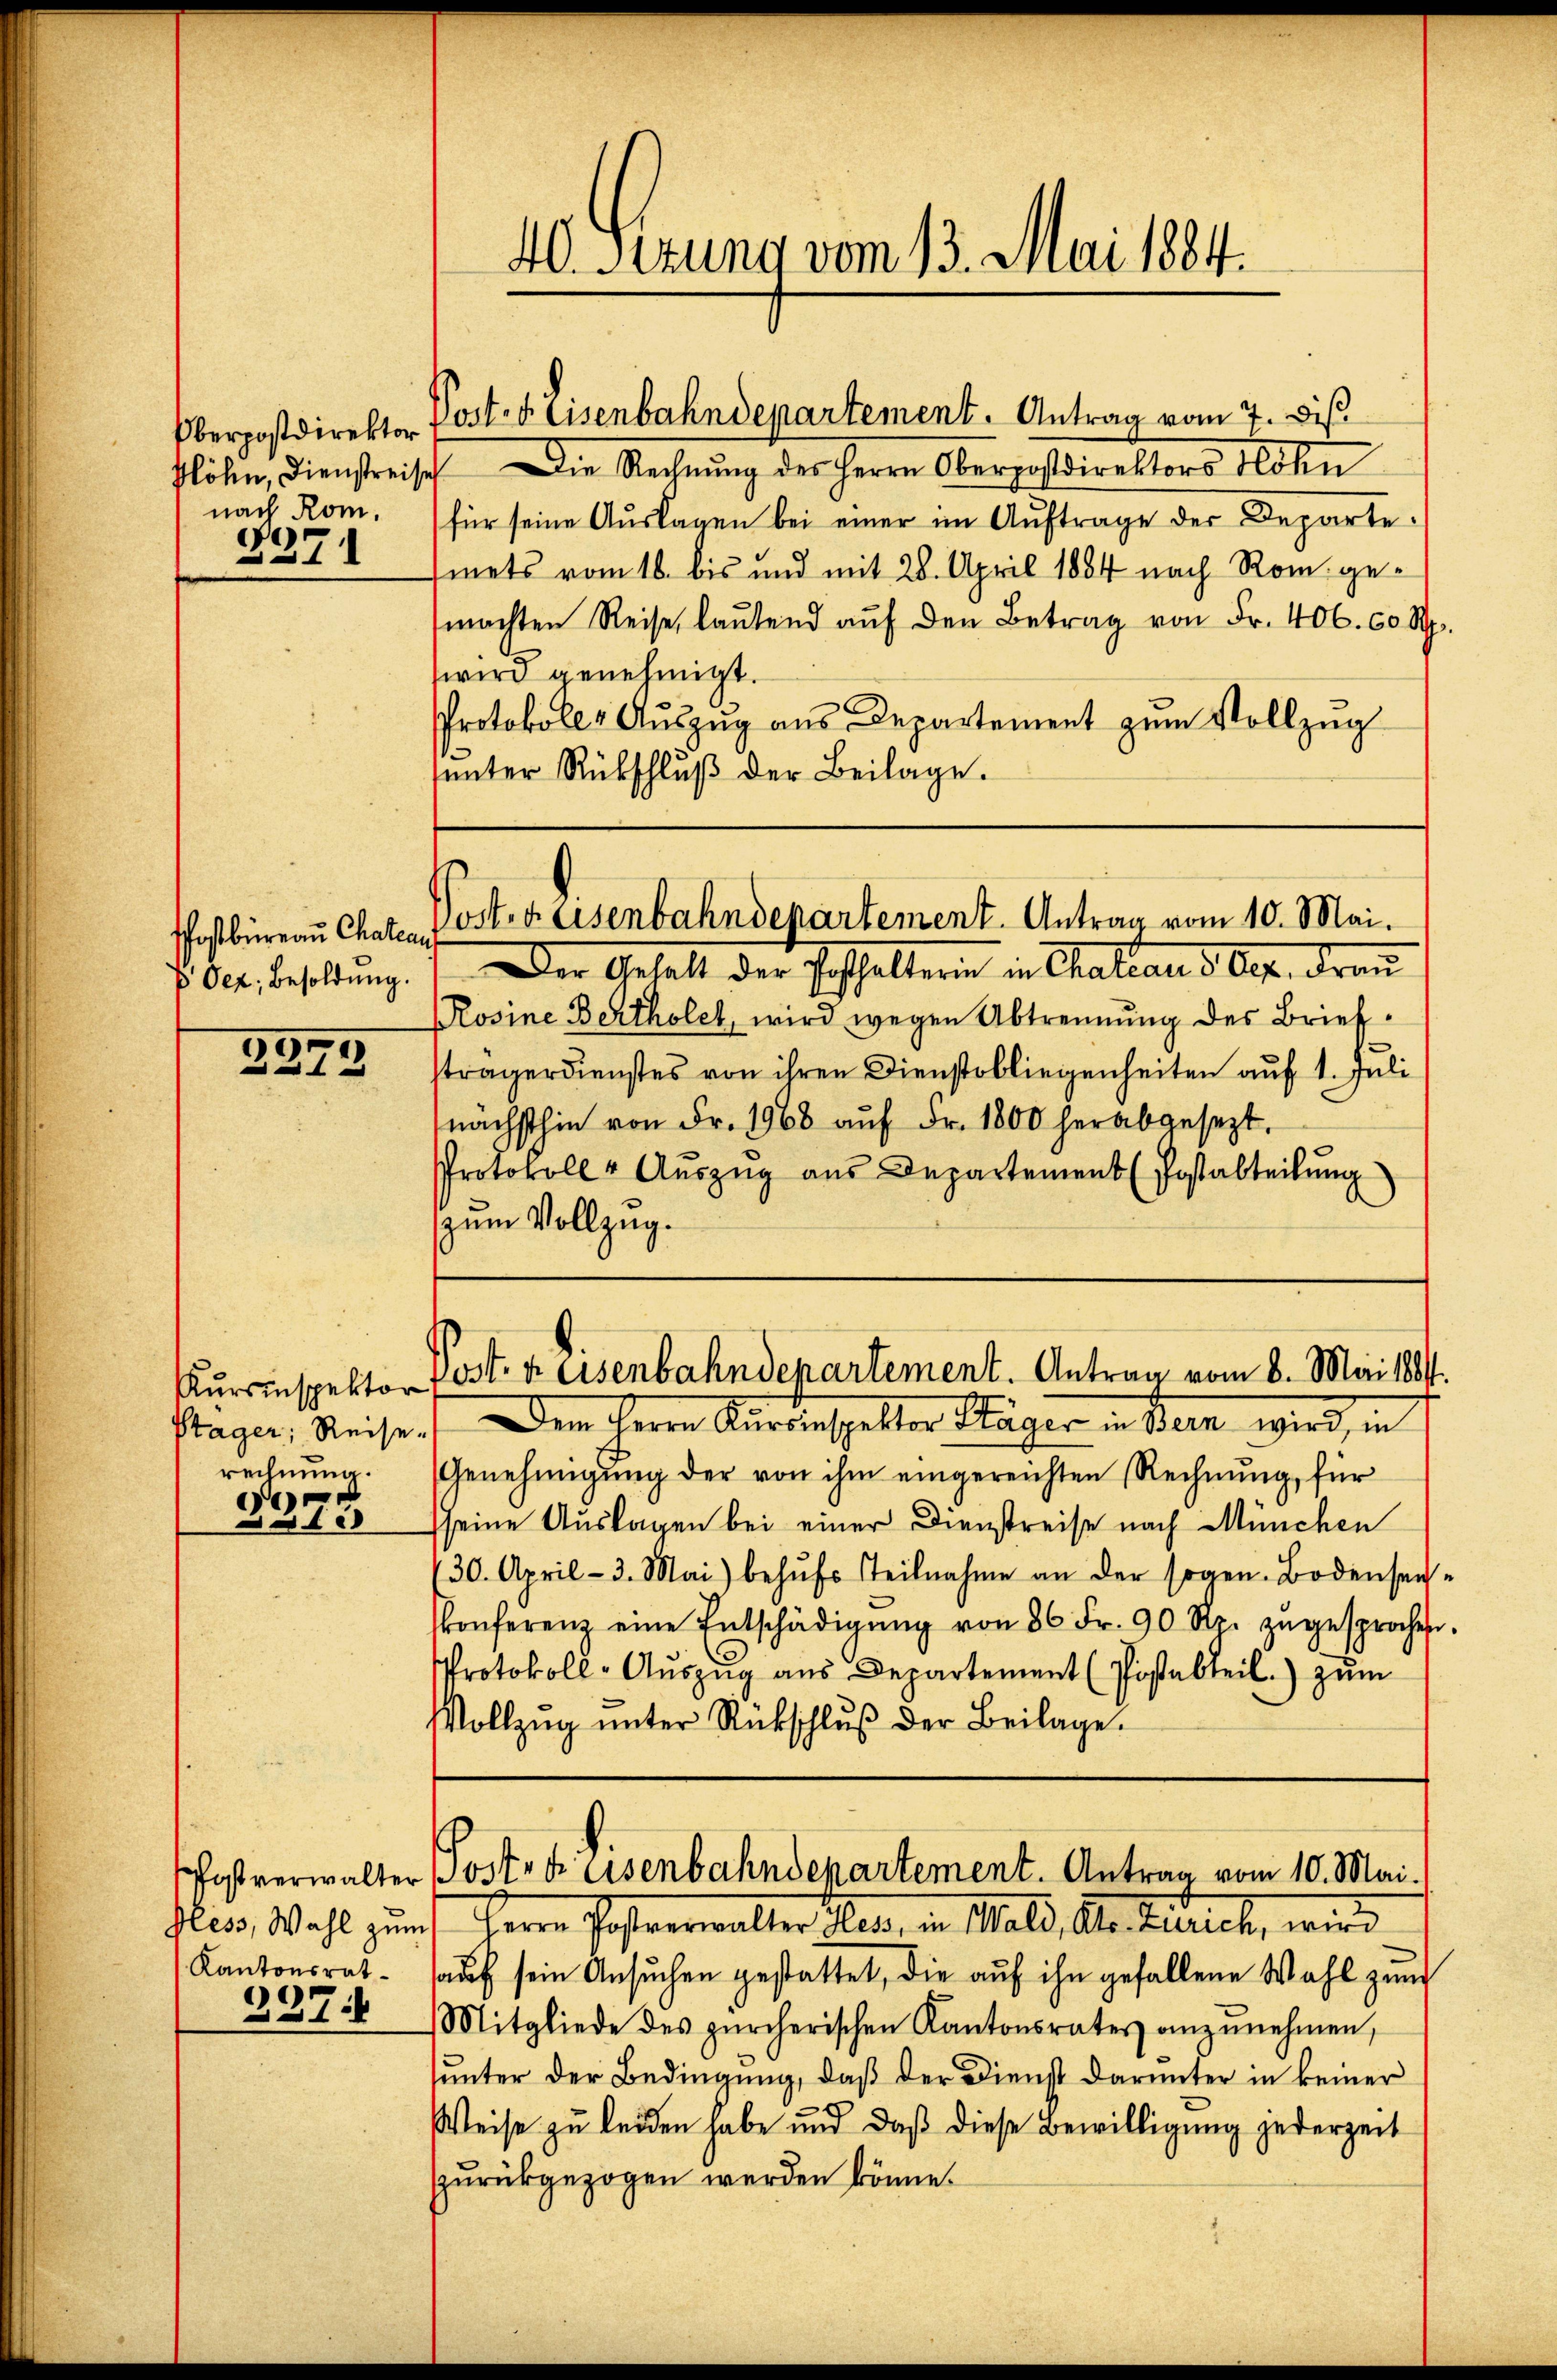
nach Rom.
e
1

Oez, Besoldung.

3379

rechnung.
e

2315

Pless, Wahl zum
Kantonsrat
237

böhn, Dienstreisch. Die Rechnung des Herrn Oberpostdirektors lohn
für seine Auslagen bei einer im Auftrage der Departeiets vom 16. bis und mit 28. April 1884 nach Rom. gemachten Reise, laŭtend aŭf den Betrag von Fr. 406. 60 Rp.
wird genehmigt.
Protokolls Aŭszŭg aŭs Departement zum Vollzug
ŭnter Rückschlŭβ der Beilage.

Der Anhalt der Posthalterin in Chateau d. Ogr. Fran
Rosine Bertholet, wird wegen Abtrennung des Briefsträgerdienstes von ihren Dienstobliegenheiten auf 1. Juli
nächsthin von Fr. 1968 auf Fr. 1800 herabgesezt.
Protokolle Auszug aus Departement (Postabteilŭng
zum Vollzug.

40. Ferung vom 13. Mai 1884.

Oberpostdirektor Post. v. Eisenbahndepartement. Antrag vom 7. Dis

Postbüreau Chaten Poster Eisenbahndepartement. Antrag vom 10. Mai.

Kŭrsinspektor Post. Keisenbahndepartement. Antrag vom 8. Mai 1881.

Postverwalter Postrer Eisenbahndepartement. Antrag vom 10. Mai.

stagen, Reisen. Dem Herrn Aaraushalter Kläger in Bern wird, in
Genehmigung der von ihm eingereichten (Rechnung, für
seine Auslagen bei einer Dienstreise nach München
430. April - 3. Mai behŭfs Teilnahme an der sogen. Bodensen-
konferenz eine Entschädigŭng von 86 Fr. 90 Rp. zŭgesprochen.
Protokoll-Auszug aus Departement (Postabteil) zum
Vollzŭg ŭnter Rückschlŭβ der Beilage.

f Herrn Postverwalter Platz, in Wald, Ale Zürich, wird
auf sein Ansuchen gestattet, die auf ihn gefallene Wahl zum
Mitgliede des zürcherischen Kantonsrates anzŭnehmen,
unter der Bedingung, daß der Dienst darunter in keiner
Weise zu leiden habe und daß diese Bewilligung jederzeit
zurückgezogen werden könne.